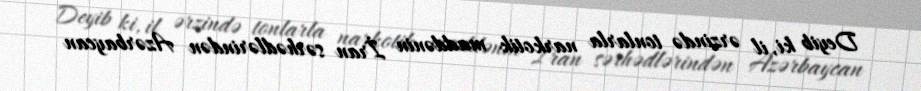
Deyib ki, il ərzində tonlarla narkotik maddənin İran sərhədlərindən Azərbaycan